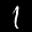
Label: 1